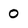
Character: O